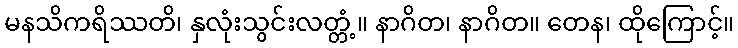
မနသိကရိဿတိ၊ နှလုံးသွင်းလတ္တံ့။ နာဂိတ၊ နာဂိတ။ တေန၊ ထိုကြောင့်။